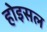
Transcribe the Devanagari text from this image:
होइसल